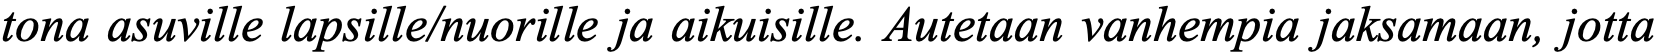
tona asuville lapsille/nuorille ja aikuisille. Autetaan vanhempia jaksamaan, jotta